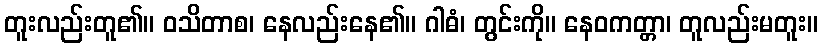
တူးလည်းတူ၏။ ဝသိတာစ၊ နေလည်းနေ၏။ ဂါဓံ၊ တွင်းကို။ နေဝကတ္တာ၊ တူလည်းမတူး။